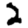
Digit: 2